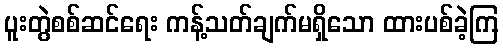
ပူးတွဲစစ်ဆင်ရေး ကန့်သတ်ချက်မရှိသော ထားပစ်ခဲ့ကြ